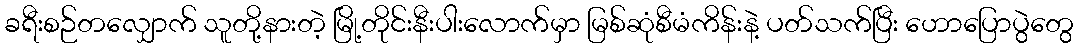
ခရီးစဉ်တလျှောက် သူတို့နားတဲ့ မြို့တိုင်းနီးပါးလောက်မှာ မြစ်ဆုံစီမံကိန်းနဲ့ ပတ်သက်ပြီး ဟောပြောပွဲတွေ